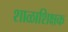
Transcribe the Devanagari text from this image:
शाळाशिक्षक